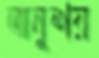
অনুশয়